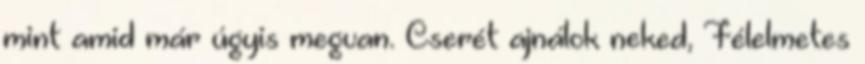
mint amid már úgyis megvan. Cserét ajnálok neked, Félelmetes